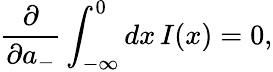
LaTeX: \frac{\partial}{\partial a_{-}}\int_{-\infty}^{0}dx\, I(x)=0,